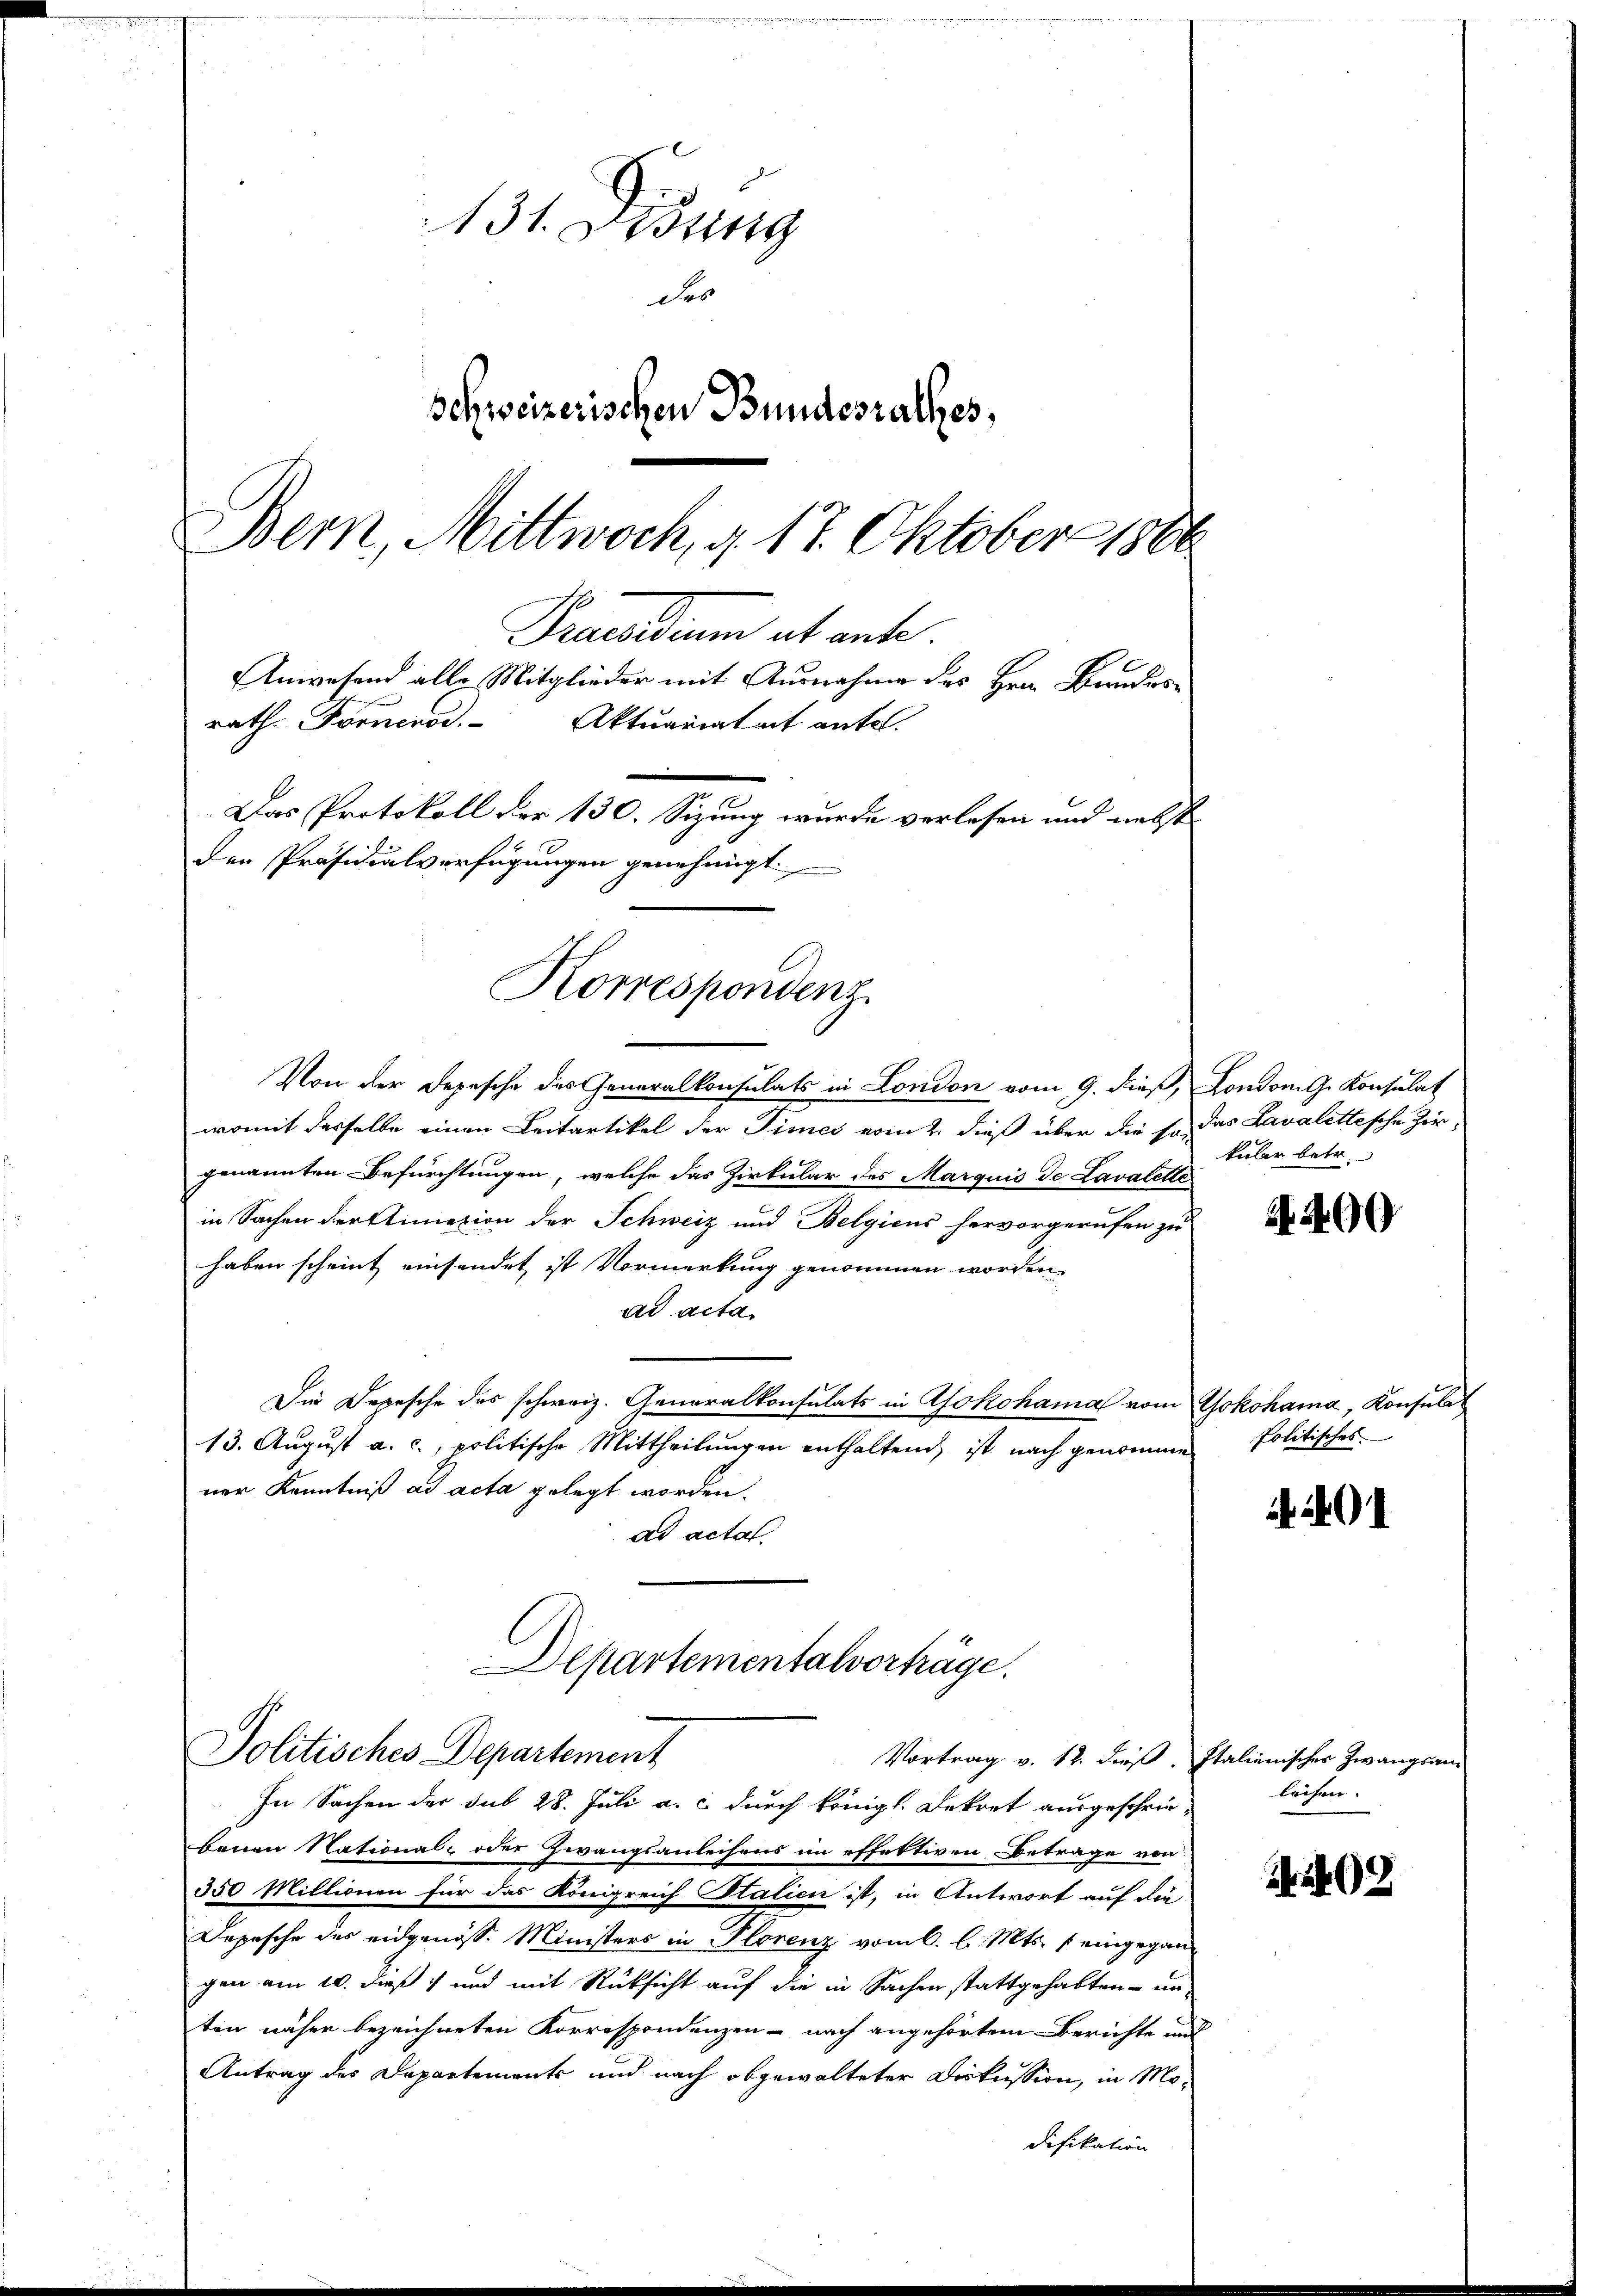
131. Disung
des
Schweizerischen Bundesrathes,
Bern, Mittwoch, d. 17. Oktober 1886
Praesidium ab ante.
Anwesend alle Mitglieder mit Ausnahme des Herrn Bundesrath Forneros. Aktuariatent antel.
Das Protokoll der 130. Sizung wurde verlesen und nebst
den Präsidialverfügungen genehmigt.

Korrespondenz

Departementalverträge.
Politisches Departement

Von der Depesche des Generalkonsulats in London vom 9. dieß, London. G. Konsulat
womit desselbe einen Leitartikel der Times vom 2. dieß über die so das Lavalittesche Zirgenannten Befürchtungen, welche das Zirkular des Marquis de Lavalette
in Sachen der Annexion der Schweiz und Belgieus hervorgerufen zu
haben scheint einsendet ist Vormerkung genommen worden.
ad acta.
Die Depesche des schweiz. Generalkonsulats in Yokohama vom Gokohama, Konsula
13. August a. c., politische Mittheilungen enthaltend, ist nach genomme
ner Kenntniß ad acta gelegt worden.
ad acta

Vortrag v. 12. dieß. Italienischer Zwangsan-
In Sachen der sub 28. Juli a. c. durch königl. Dekret ausgeschrie-
benen National- oder Zwangsanleihens im effektiven Betrage von
350 Millionen für das Königreich Italien ist, in Antwort auf die
Depesche des eidgenöss. Ministers in Florenz vom 6. l. Mts. eingegangen am 10. dieß) und mit Rücksicht auf die in Sachen stattgehabten - un
ten näher bezeichneten Korrespondenzen - nach angehörtem Berichte und
Antrag des Departements und nach abgewalteter Diskussion, in Modifikation

kular betr.

4400

politisches

a. 401

leihen.

Grab